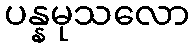
ပန္နမုသလော